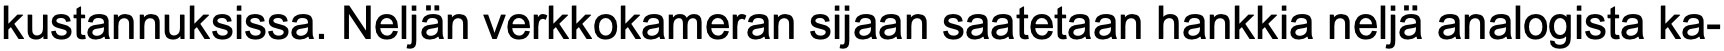
kustannuksissa. Neljän verkkokameran sijaan saatetaan hankkia neljä analogista ka-